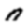
Digit: 0